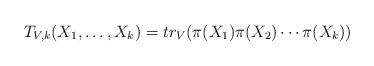
LaTeX: \begin{align*}T_{V,k}(X_1,\ldots,X_k) = tr_V(\pi(X_1)\pi(X_2)\cdots\pi(X_k))\end{align*}